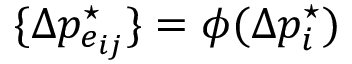
\{ \Delta p _ { e _ { i j } } ^ { \star } \} = \phi ( \Delta p _ { i } ^ { \star } )